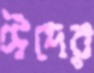
ঈদের